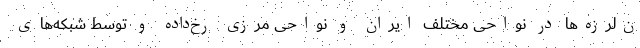
ن‌لرزه‌ها در نواحی مختلف ایران و نواحی مرزی رخ‌داده و توسط شبکه‌های